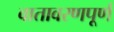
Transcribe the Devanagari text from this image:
वातावरणपूर्ण